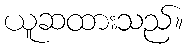
ယူဆထားသည်။